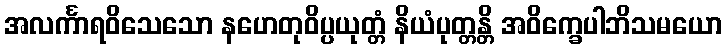
အလင်္ကာရဝိသေသော နဟေတုဝိပ္ပယုတ္တံ နိယံပုတ္တန္တိ အဝိက္ခေပါဘိသမယော